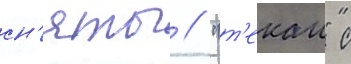
сн'яты // "т'екаи" с